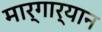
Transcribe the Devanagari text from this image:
मार्गार्यान